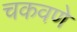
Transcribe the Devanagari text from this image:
चकवणे